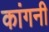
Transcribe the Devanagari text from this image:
कांगनी